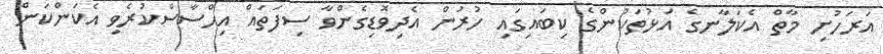
އަރަހުށި މާތް އެކަލާނގެ އަޅުތަކުންގެ ކިބައިގައި ހުރުން އެދިވޮޑިގެންވާ ސިފަތައް އިހްސާސްކުރެވި އެކަންކަން